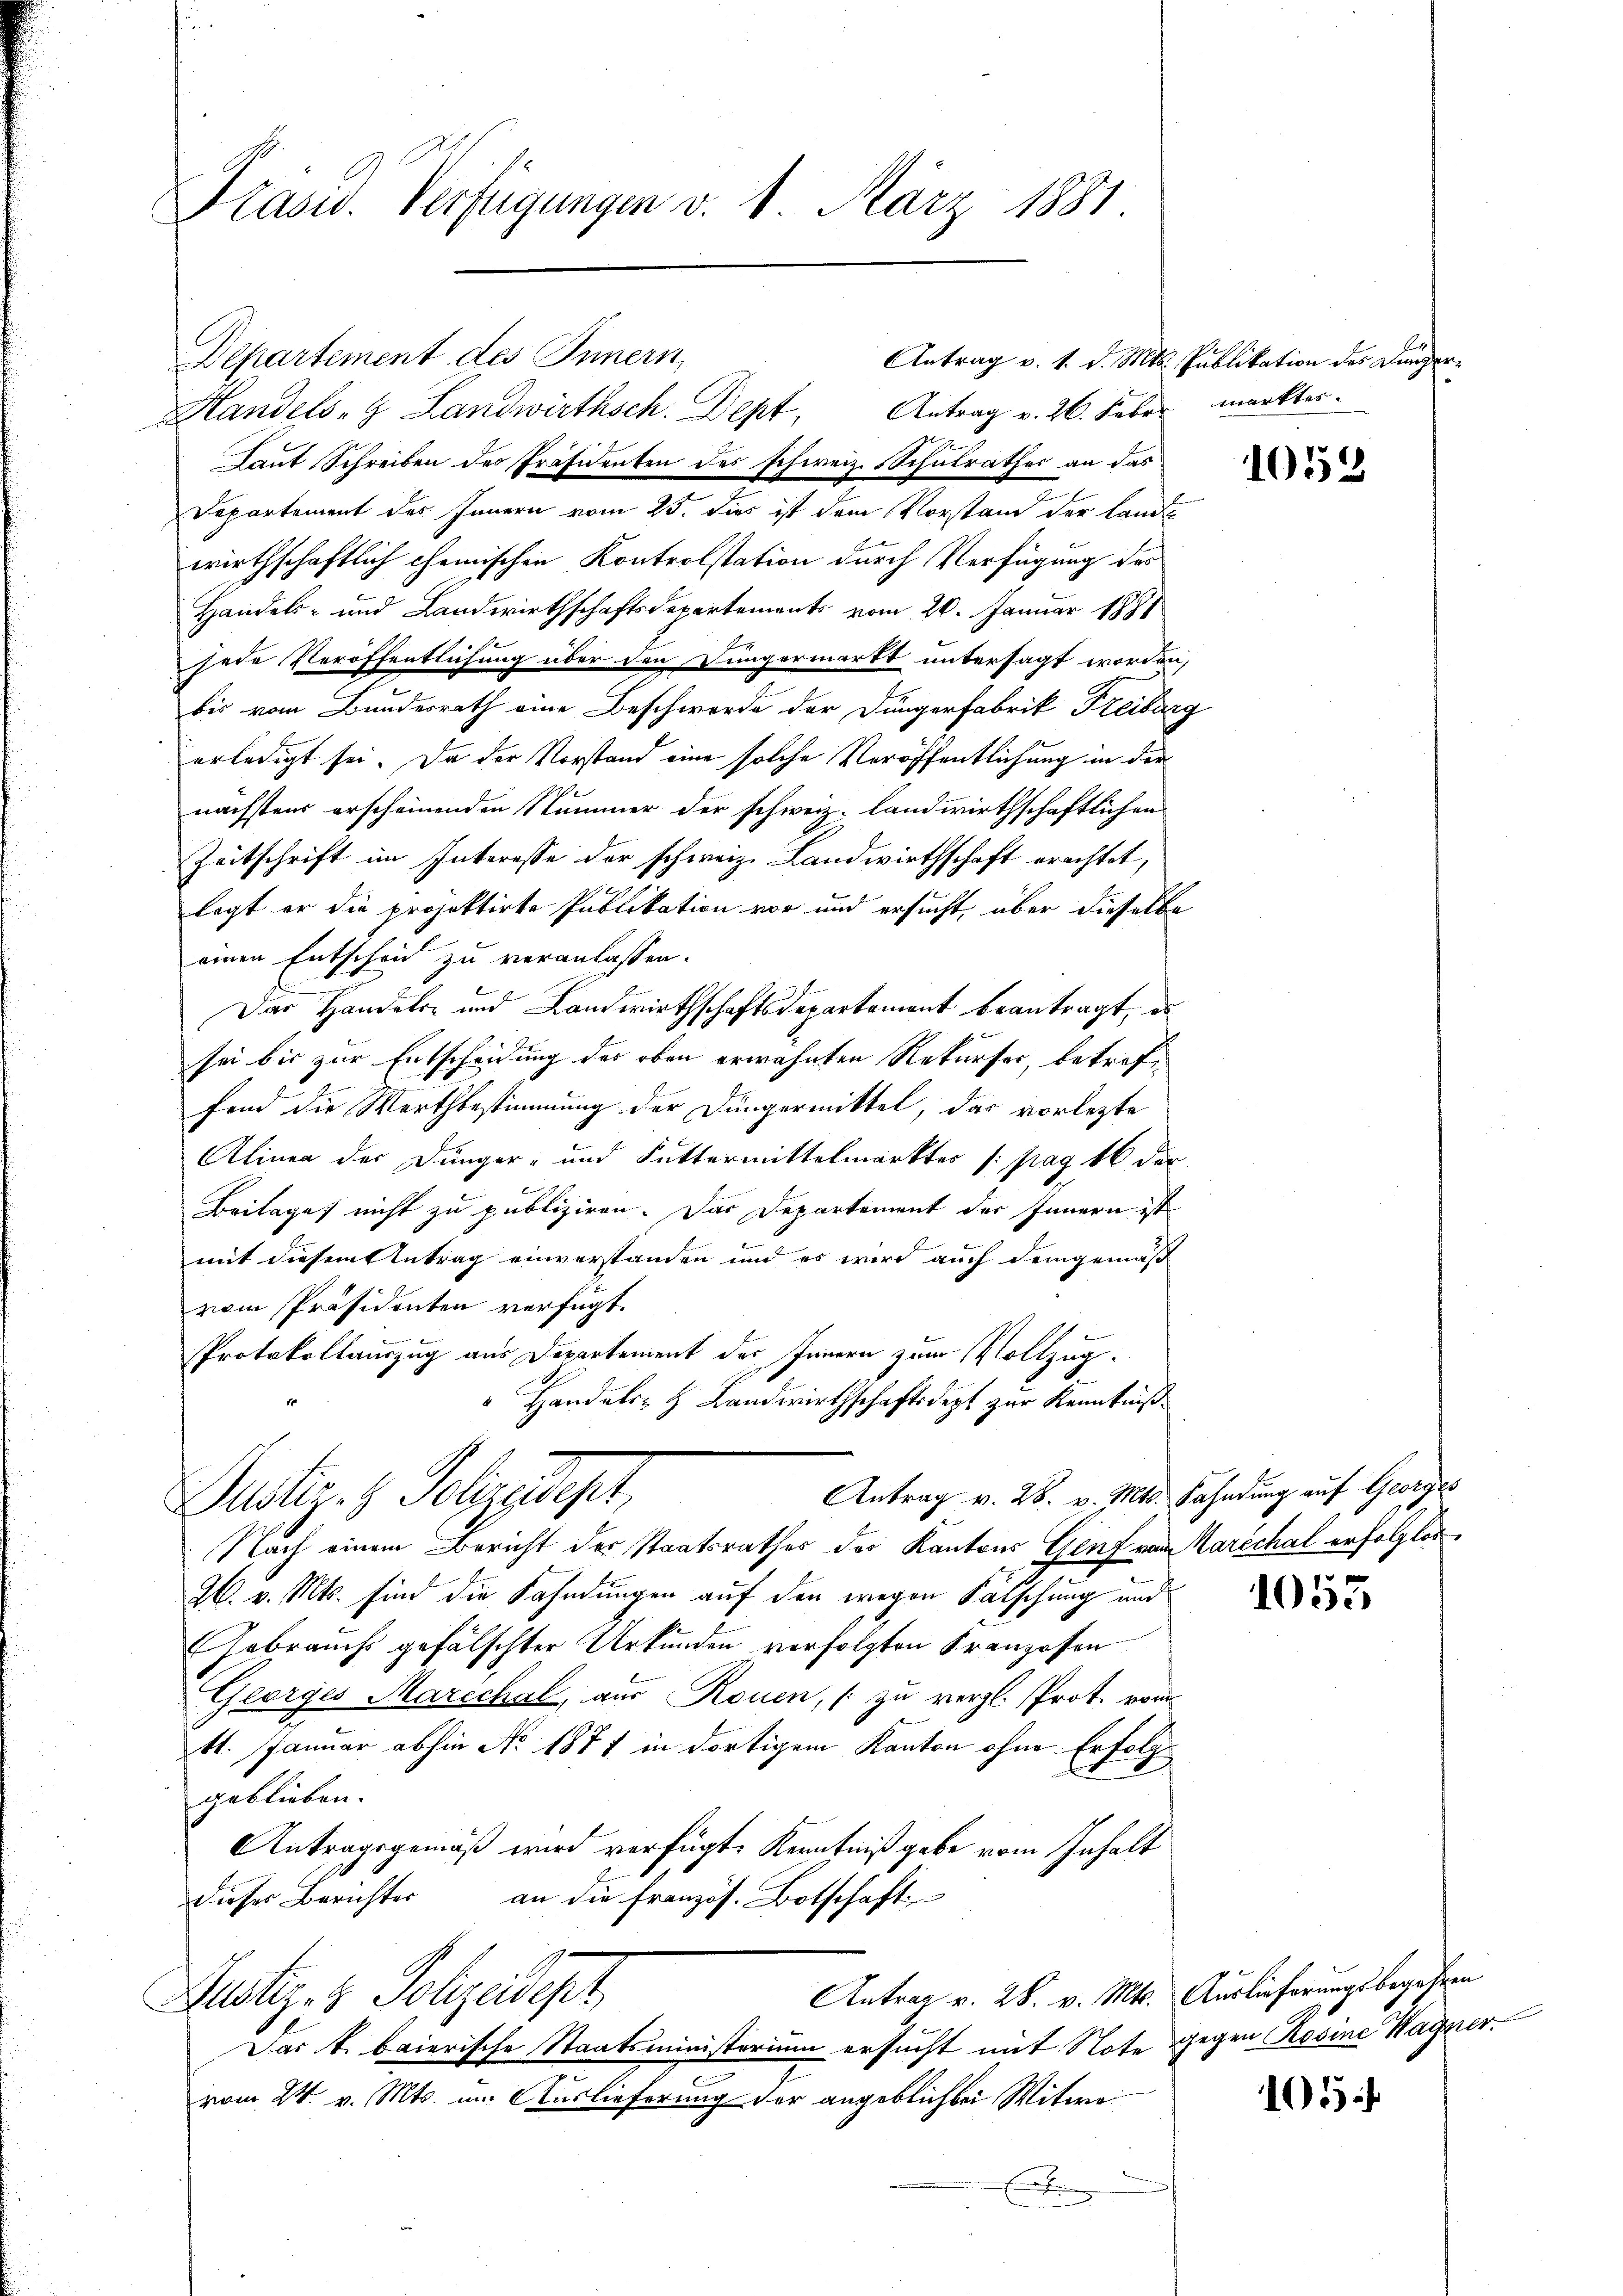
Präsid. Verfügungen v. 1. März 1881.

Departement des Innern,
Handels- Landwirthsch. Dept, Antrag v. 26. Feber markter.
Laut Schreiben des Präsidenten des schweiz. Schulrathes an das
Departement des Innern vom 25. dies ist dem Vorstand der Landwirthschaftlich chemischen Kontrolstation durch Verfügung des
Handels- und Landwirthschaftsdepartements vom 20. Januar 1891
jede Veröffentlichung über den Düngermarkt untersagt worden,
bis vom Bundesrath eine Beschwerde der Düngerfabrik Freibare
erledigt sei. Da der Vorstand eine solche Veröffentlichung in der
nächstens erscheinenden Stummer der schweiz. landwirthschaftlichen
Zeitschrift im Interesse der schweiz. Landwirthschaft erachtet,
legt er die projektirte Publikation vor und ersucht, über dieselbe
einen Entscheid zu veranlassen.
Das Handels- und Landwirthschaftsdepartement beantragt, es
J.
sei bis zur Entscheidung des oben erwähnten Rekurses, betreffend die Wertbestimmung der Düngermittel, das vorlezte
Alinea der Dünger- und Futtermittelmärkter /: pag. 16 der
Beilage nicht zu publiziren. Das Departement der Innern ist
mit diesem Antrag einverstanden und es wird auch demgemäß
vom Präsidenten verfügt:
Protokollauszug aus Departement des Innern zum Vollzug.
" Handels- & Landwirthschaftsdezt zur Kenntniß¬
Antrag v. 28. v. Mts. Fahndung auf Georges
Justiz- & Polizeigt,
Nach einem Bericht des Staatsrathes der Kantons Genf von Karschal erfolgter
26. v. Mts. sind die Fahndungen auf den wegen Fälschung und
Gebrauchs gefälschter Urkunden verfolgten Kranzosen
Georges Marechal, aus Rouen, zu vergl. Prot. vom
11. Januar abhin No 1871 in dortigem Kanton ohne Erfolggeblieben.
Antragsgemäß wird verfügt, Kenntniß gebe vom Inhalt
dieses Berichter an die französ. Botschaft
Antrag v. 28. v. Mts. Auslieferungsbegehren
Justiz- & Polizeidept
Das k. baierische Staatsministerium ersucht mit Note gegen Rosine Wagner.
vom 24. v. Mts. im Auslieferung der angeblich bei Witwe
E

Antrag v. 1. d. Mts. Publikation des Dünger¬

d

1058

1053

105